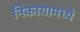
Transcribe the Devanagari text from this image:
निकायामध्ये